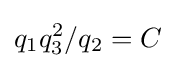
q_{1}q_{3}^{2}/q_{2}=C